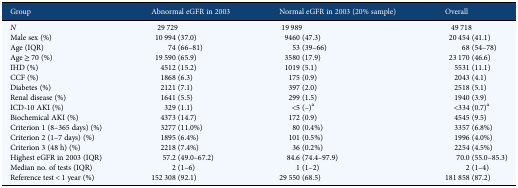
<table><thead><tr><td><b>Group</b></td><td><b>Abnormal eGFR in 2003</b></td><td><b>Normal eGFR in 2003 (20% sample)</b></td><td><b>Overall</b></td></tr></thead><tbody><tr><td><i>N</i></td><td>29 729</td><td>19 989</td><td>49 718</td></tr><tr><td>Male sex (%)</td><td>10 994 (37.0)</td><td>9460 (47.3)</td><td>20 454 (41.1)</td></tr><tr><td>Age (IQR)</td><td>74 (66–81)</td><td>53 (39–66)</td><td>68 (54–78)</td></tr><tr><td>Age ≥ 70 (%)</td><td>19 590 (65.9)</td><td>3580 (17.9)</td><td>23 170 (46.6)</td></tr><tr><td>IHD (%)</td><td>4512 (15.2)</td><td>1019 (5.1)</td><td>5531 (11.1)</td></tr><tr><td>CCF (%)</td><td>1868 (6.3)</td><td>175 (0.9)</td><td>2043 (4.1)</td></tr><tr><td>Diabetes (%)</td><td>2121 (7.1)</td><td>397 (2.0)</td><td>2518 (5.1)</td></tr><tr><td>Renal disease (%)</td><td>1641 (5.5)</td><td>299 (1.5)</td><td>1940 (3.9)</td></tr><tr><td>ICD-10 AKI (%)</td><td>329 (1.1)</td><td>&lt;5 (–)<sup>a</sup></td><td>&lt;334 (0.7)<sup>a</sup></td></tr><tr><td>Biochemical AKI (%)</td><td>4373 (14.7)</td><td>172 (0.9)</td><td>4545 (9.5)</td></tr><tr><td>Criterion 1 (8–365 days) (%)</td><td>3277 (11.0%)</td><td>80 (0.4%)</td><td>3357 (6.8%)</td></tr><tr><td>Criterion 2 (1–7 days) (%)</td><td>1895 (6.4%)</td><td>101 (0.5%)</td><td>1996 (4.0%)</td></tr><tr><td>Criterion 3 (48 h) (%)</td><td>2218 (7.4%)</td><td>36 (0.2%)</td><td>2254 (4.5%)</td></tr><tr><td>Highest eGFR in 2003 (IQR)</td><td>57.2 (49.0–67.2)</td><td>84.6 (74.4–97.9)</td><td>70.0 (55.0–85.3)</td></tr><tr><td>Median no. of tests (IQR)</td><td>2 (1–6)</td><td>1 (1–2)</td><td>2 (1–4)</td></tr><tr><td>Reference test &lt; 1 year (%)</td><td>152 308 (92.1)</td><td>29 550 (68.5)</td><td>181 858 (87.2)</td></tr></tbody></table>